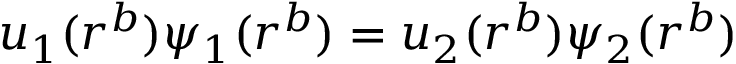
u _ { 1 } ( r ^ { b } ) \psi _ { 1 } ( r ^ { b } ) = u _ { 2 } ( r ^ { b } ) \psi _ { 2 } ( r ^ { b } )